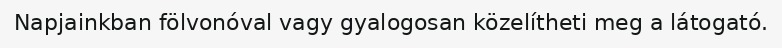
Napjainkban fölvonóval vagy gyalogosan közelítheti meg a látogató.